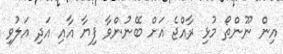
އިން ނޫންތޯ މުޅި ރާއްޖެ އަށް ބޭނުންވާ ފިޔާ އާއި އަދި އަލުވި